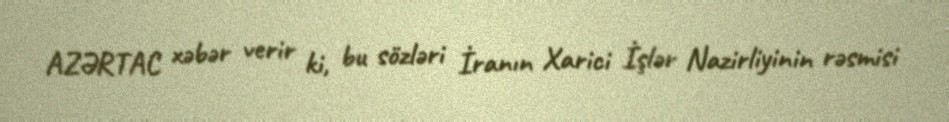
AZƏRTAC xəbər verir ki, bu sözləri İranın Xarici İşlər Nazirliyinin rəsmisi